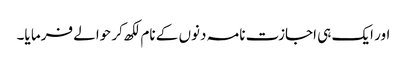
اور ایک ہی اجازت نامہ دنوں کے نام لکھ کر حوالے فرما یا۔